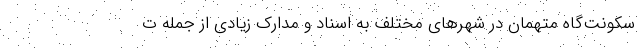
سکونت‌گاه متهمان در شهرهای مختلف به اسناد و مدارک زیادی از جمله ت